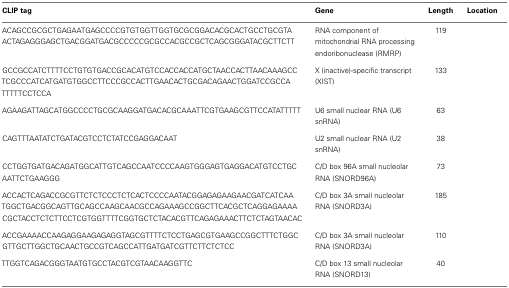
| CLIP tag | Gene | Length | Location |
 | --- | --- | --- | --- |
 | ACAGCCGCGCTGAGAATGAGCCCCGTGTGGTTGGTGCGCGGACACGCACTGCCTGCGTAACTAGAGGGAGCTGACGGATGACGCCCCCGCGCCACGCCGCTCAGCGGGATACGCTTCTT | RNA component of mitochondrial RNA processing endoribonuclease (RMRP) | 119 |  |
 | GCCGCCATCTTTTCCTGTGTGACCGCACATGTCCACCACCATGCTAACCACTTAACAAAGCCTCGCCCATCATGATGTGGCCTTCCCGCCACTTGAACACTGCGACAGAACTGGATCCGCCATTTTTCCTCCA | X (inactive)-specific transcript (XIST) | 133 |  |
 | AGAAGATTAGCATGGCCCCTGCGCAAGGATGACACGCAAATTCGTGAAGCGTTCCATATTTTT | U6 small nuclear RNA (U6 snRNA) | 63 |  |
 | CAGTTTAATATCTGATACGTCCTCTATCCGAGGACAAT | U2 small nuclear RNA (U2 snRNA) | 38 |  |
 | CCTGGTGATGACAGATGGCATTGTCAGCCAATCCCCAAGTGGGAGTGAGGACATGTCCTGCAATTCTGAAGGG | C/D box 96A small nucleolar RNA (SNORD96A) | 73 |  |
 | ACCACTCAGACCGCGTTCTCTCCCTCTCACTCCCCAATACGGAGAGAAGAACGATCATCAATGGCTGACGGCAGTTGCAGCCAAGCAACGCCAGAAAGCCGGCTTCACGCTCAGGAGAAAACGCTACCTCTCTTCCTCGTGGTTTTCGGTGCTCTACACGTTCAGAGAAACTTCTCTAGTAACAC | C/D box 3A small nucleolar RNA (SNORD3A) | 185 |  |
 | ACCGAAAACCAAGAGGAAGAGAGGTAGCGTTTTCTCCTGAGCGTGAAGCCGGCTTTCTGGCGTTGCTTGGCTGCAACTGCCGTCAGCCATTGATGATCGTTCTTCTCTCC | C/D box 3A small nucleolar RNA (SNORD3A) | 110 |  |
 | TTGGTCAGACGGGTAATGTGCCTACGTCGTAACAAGGTTC | C/D box 13 small nucleolar RNA (SNORD13) | 40 |  |